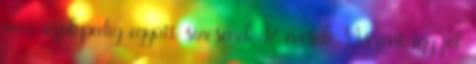
már azok,pedig együtt sincsenek 18 évesek. Viszont így jól